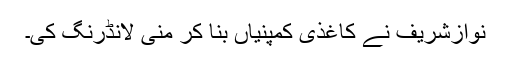
نوازشریف نے کاغذی کمپنیاں بنا کر منی لانڈرنگ کی۔